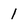
Character: l